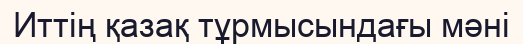
Иттің қазақ тұрмысындағы мәні